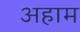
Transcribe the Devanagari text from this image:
अहाम